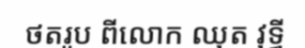
ថតរូប ពីលោក ឈុត វុទ្ធី